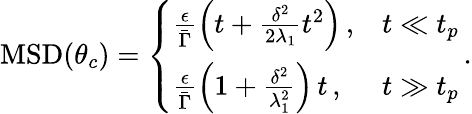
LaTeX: \begin{array}{r}{\mathrm{MSD}(\theta_{c})=\left\{ \begin{array}{ll}{\frac{\epsilon}{\bar{\Gamma}}\left(t+\frac{\delta^{2}}{2\lambda_{1}}t^{2}\right)\, ,}&{t\ll t_{p}}\\ {\frac{\epsilon}{\bar{\Gamma}}\left(1+\frac{\delta^{2}}{\lambda_{1}^{2}}\right)\, t\, ,}&{t\gg t_{p}\, }\end{array}\right..}\end{array}